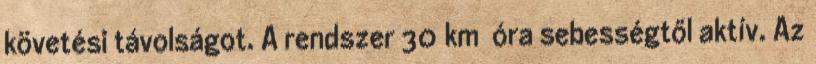
követési távolságot. A rendszer 30 km óra sebességtől aktív. Az